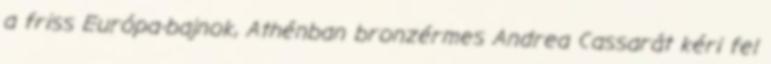
a friss Európa-bajnok, Athénban bronzérmes Andrea Cassarát kéri fel